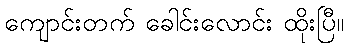
ကျောင်းတက် ခေါင်းလောင်း ထိုးပြီ။